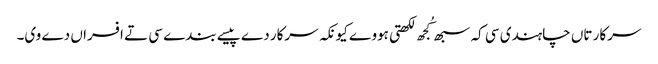
سرکار تاں چاہندی سی کہ سبھ کُجھ لکھتی ہووے کیونکہ سرکار دے پیسے بندے سی تے افسراں دے وی۔